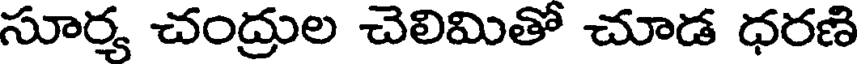
సూర్వ చంద్రుల చెలిమితో చూడ ధరణి